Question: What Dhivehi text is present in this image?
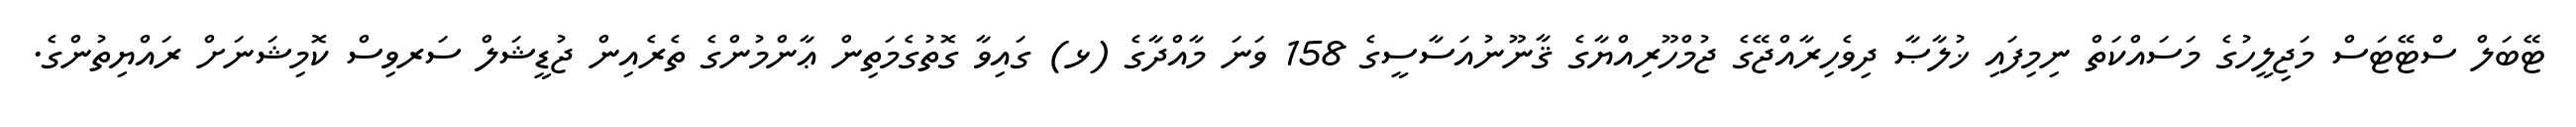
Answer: ޓޭބަލް ސްޓޭޓަސް މަޖިލީހުގެ މަސައްކަތް ނިމިފައި ޚުލާޞާ ދިވެހިރާއްޖޭގެ ޖުމްހޫރިއްޔާގެ ޤާނޫނުއަސާސީގެ 158 ވަނަ މާއްދާގެ (ޅ) ގައިވާ ގޮތުގެމަތިން ޢާންމުންގެ ތެރެއިން ޖުޑީޝަލް ސަރވިސް ކޮމިޝަނަށް ރައްޔިތުންގެ.